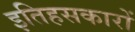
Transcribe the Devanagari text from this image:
इतिहसकारों